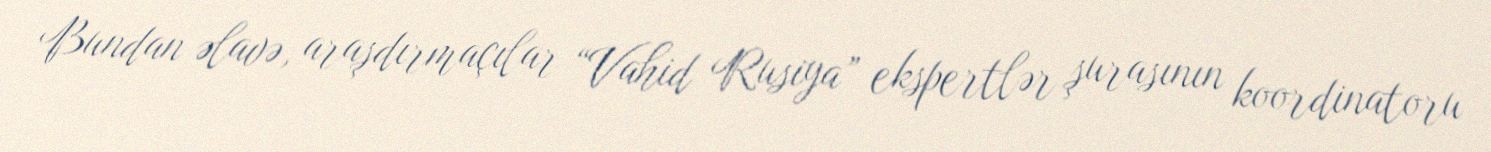
Bundan əlavə, araşdırmaçılar “Vahid Rusiya” ekspertlər şurasının koordinatoru